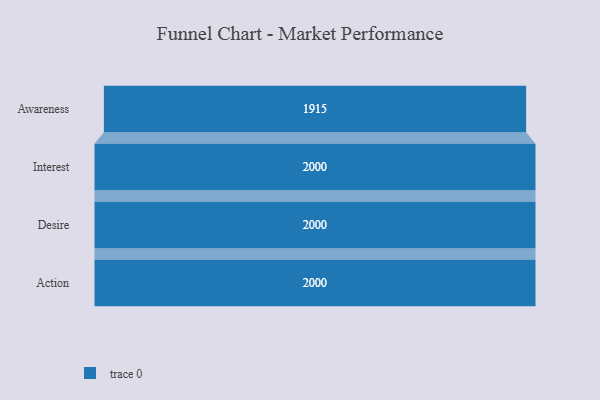
{"axis": {"x": "Stage", "y": "Value"}, "legend": [""], "data": [{"x": "Awareness", "y": 1915.0, "type": ""}, {"x": "Interest", "y": 2000, "type": ""}, {"x": "Desire", "y": 2000, "type": ""}, {"x": "Action", "y": 2000, "type": ""}]}